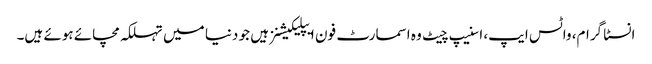
انسٹا گرام، واٹس ایپ، اسنیپ چیٹ وہ اسمارٹ فون ایپلیکیشنز ہیں جو دنیا میں تہلکہ مچائے ہوئے ہیں۔